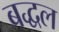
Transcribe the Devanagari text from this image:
बद्धल